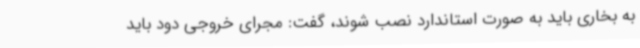
به بخاری باید به صورت استاندارد نصب شوند، گفت: مجرای خروجی دود باید